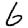
Digit: 6